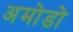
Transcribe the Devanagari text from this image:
अमोडो